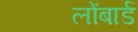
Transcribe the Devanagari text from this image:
लोंबार्ड